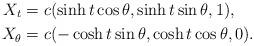
LaTeX: \begin{align*}X_t&=c(\sinh{t}\cos{\theta}, \sinh{t}\sin{\theta}, 1),\\X_\theta &= c(-\cosh{t}\sin{\theta}, \cosh{t}\cos{\theta}, 0).\end{align*}